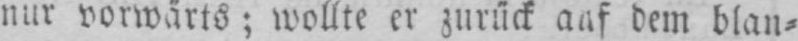
nur vorwärts; wollte er zurück auf dem blan⸗